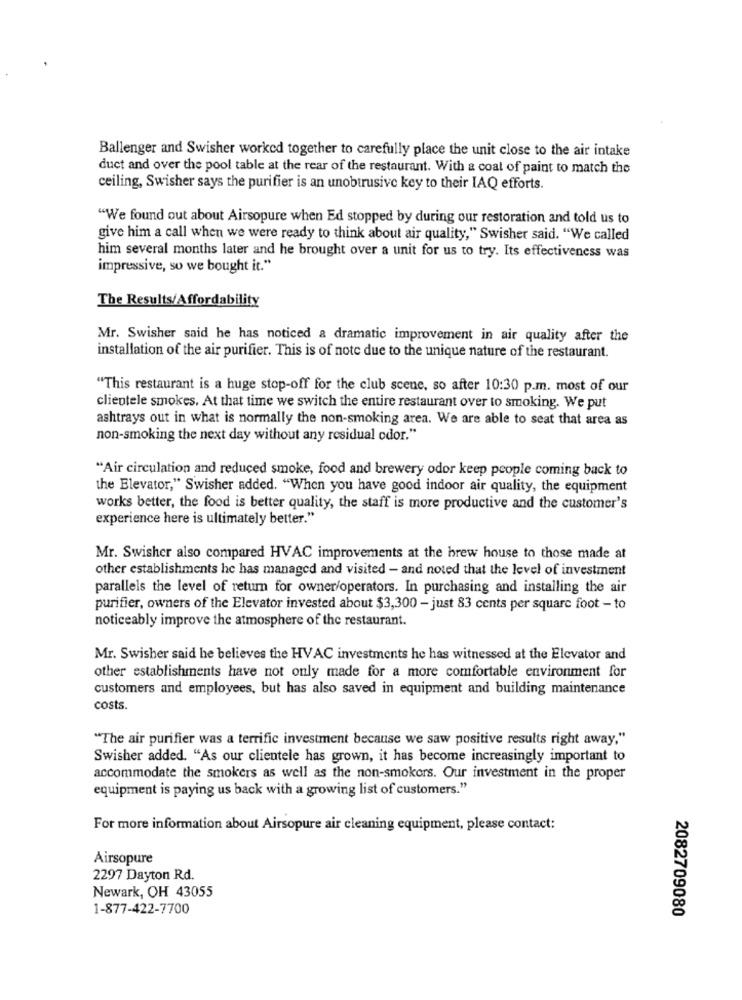
Ballenger and Swisher worked together to carefully place the unit close to the air intake
duct and over the pool table at the rear of the restaurant. With a coat of paint to match the
ceiling, Swisher says the purifier is an unobtrusive key to their IAQ efforts.
"We found out about Airsopure when Ed stopped by during our restoration and told us to
give him a call when we were ready to think about air quality," Swisher said. "We called
him several months later and he brought over a unit for us to try. Its effectiveness was
impressive, so we bought it."
The Results/Affordability
Mr. Swisher said he has noticed a dramatic improvement in air quality after the
installation of the air purifier. This is of note due to the unique nature of the restaurant.
"This restaurant is a huge stop-off for the club scene, so after 10:30 p.m. most of our
clientele smokes. At that time we switch the entire restaurant over to smoking. We put
ashtrays out in what is normally the non-smoking area. We are able to seat that area as
non-smoking the next day without any residual odor."
"Air circulation and reduced smoke, food and brewery odor keep people coming back to
the Elevator," Swisher added. "When you have good indoor air quality, the equipment
works better, the food is better quality, the staff is more productive and the customer's
experience here is ultimately better."
Mr. Swisher also compared HVAC improvements at the brew house to those made at
other establishments he has managed and visited - and noted that the level of investment
parallels the level of return for owner/operators. In purchasing and installing the air
purifier, owners of the Elevator invested about $3,300 - just 83 cents per square foot - to
noticeably improve the atmosphere of the restaurant.
Mr. Swisher said he believes the HVAC investments he has witnessed at the Elevator and
other establishments have not only made for a more comfortable environment for
customers and employees, but has also saved in equipment and building maintenance
costs.
"The air purifier was a terrific investment because we saw positive results right away,"
Swisher added. "As our clientele has grown, it has become increasingly important to
accommodate the smokers as well as the non-smokers. Our investment in the proper
equipment is paying us back with a growing list of customers."
For more information about Airsopure air cleaning equipment, please contact:
Airsopure
2297 Dayton Rd.
Newark, OH 43055
1-877-422-7700
2082709080